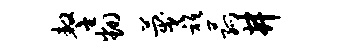
鏊翻蔑只菰井